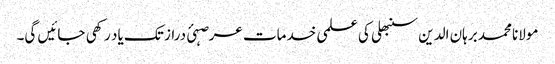
مولانا محمد برہان الدین سنبھلی کی علمی خدمات عرصہئ دراز تک یاد رکھی جائیں گی۔